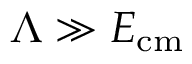
\Lambda \gg E _ { \mathrm { { c m } } }